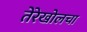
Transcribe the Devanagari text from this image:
तेरेखोलचा